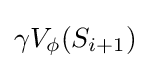
\gamma V_{\phi }(S_{i+1})